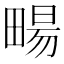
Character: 畼